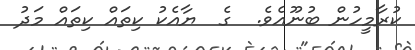
ކުރާމީހުން ބުނޫއެވެ.  ގެ  ޔާއެކު ކިތައް ކިތައް މަދު